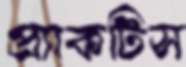
প্র্যাকটিস